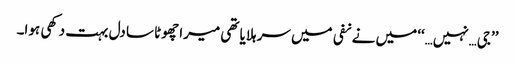
’’جی…نہیں…‘‘ میں نے نفی میں سر ہلایا تھی میرا چھوٹا سا دل بہت دکھی ہوا۔